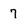
Character: 7